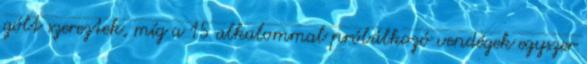
gólt szereztek, míg a 15 alkalommal próbálkozó vendégek egyszer